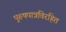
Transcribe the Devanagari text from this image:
पुरुषपात्रविरहित